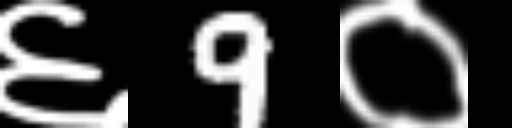
Text: ६9०